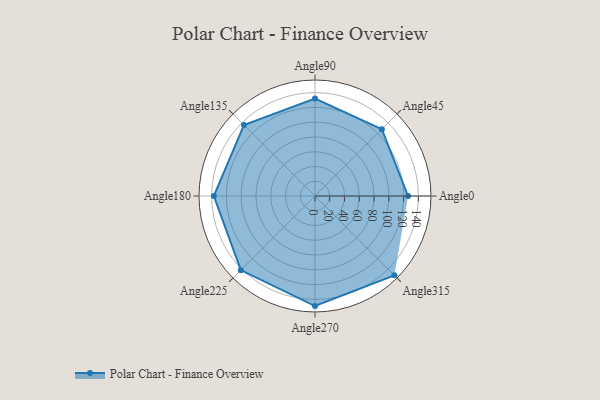
{"axis": {"x": "Angle", "y": "Radius"}, "legend": [""], "data": [{"x": "Angle0", "y": 126.0, "type": ""}, {"x": "Angle45", "y": 128.0, "type": ""}, {"x": "Angle90", "y": 132.0, "type": ""}, {"x": "Angle135", "y": 136.0, "type": ""}, {"x": "Angle180", "y": 137.0, "type": ""}, {"x": "Angle225", "y": 142.0, "type": ""}, {"x": "Angle270", "y": 149.0, "type": ""}, {"x": "Angle315", "y": 152.0, "type": ""}]}